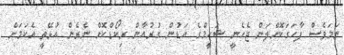
ނަމަވެސް ފާހަގަކޮށްލަން ޖެހެނީ ޝަހީމްގެ އަޑުން ގުރުއާން ރިކޯޑްކޮށް ނެރެން އުޅޭތީ އެކަމަށް